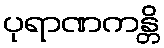
ပုရာဏကန္တိ